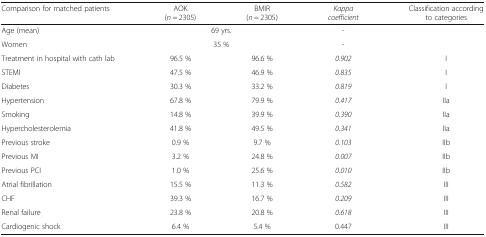
| Comparison for matched patients | AOK (n = 2305) | BMIR (n = 2305) | Kappa coefficient | Classification according to categories |
 | --- | --- | --- | --- | --- |
 | Age (mean) | <COLSPAN=2> 69 yrs. | - |  |
 | Women | <COLSPAN=2> 35 % | - |  |
 | Treatment in hospital with cath lab | 96.5 % | 96.6 % | 0.902 | I |
 | STEMI | 47.5 % | 46.9 % | 0.835 | I |
 | Diabetes | 30.3 % | 33.2 % | 0.819 | I |
 | Hypertension | 67.8 % | 79.9 % | 0.417 | IIa |
 | Smoking | 14.8 % | 39.9 % | 0.390 | IIa |
 | Hypercholesterolemia | 41.8 % | 49.5 % | 0.341 | IIa |
 | Previous stroke | 0.9 % | 9.7 % | 0.103 | IIb |
 | Previous MI | 3.2 % | 24.8 % | 0.007 | IIb |
 | Previous PCI | 1.0 % | 25.6 % | 0.010 | IIb |
 | Atrial fibrillation | 15.5 % | 11.3 % | 0.582 | III |
 | CHF | 39.3 % | 16.7 % | 0.209 | III |
 | Renal failure | 23.8 % | 20.8 % | 0.618 | III |
 | Cardiogenic shock | 6.4 % | 5.4 % | 0.447 | III |